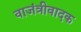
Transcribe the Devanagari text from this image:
वाजंत्रीवादक